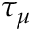
\tau _ { \mu }